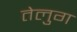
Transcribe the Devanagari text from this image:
तेलुग